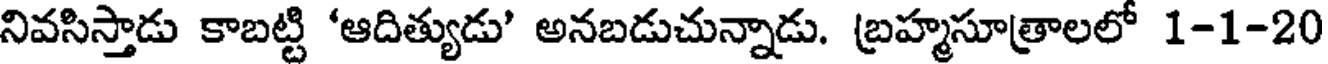
నివసిస్తాడు కాబట్టి 'ఆదిత్యుడు' అనబడుచున్నాడు. బ్రహ్మసూత్రాలలో 1-1-20